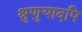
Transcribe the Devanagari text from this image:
श्रुणुयादपि